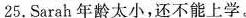
25.Sarah年龄太小，还不能上学。